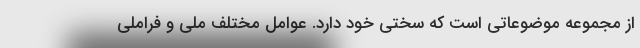
از مجموعه موضوعاتی است که سختی خود دارد. عوامل مختلف ملی و فراملی